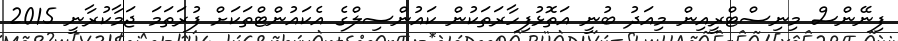
ފިނޭންސް މިނިސްޓްރީއިން މިއަދު ބުނީ އަތޮޅުފިހާރަތަކުން ކައުންސިލްގެ އެކައުންޓްތަކަށް ފުރަތަމަ ޖަމާކުރާނީ 2015